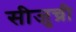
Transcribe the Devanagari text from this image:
सीजुच्री